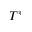
T ^ { \ast }